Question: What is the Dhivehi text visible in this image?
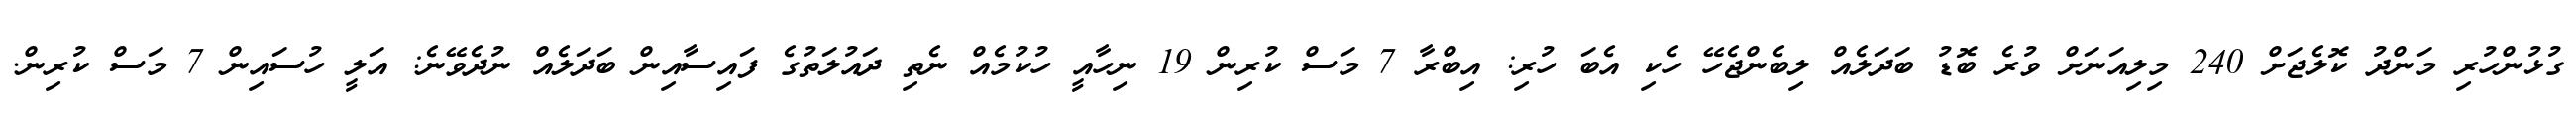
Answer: ގުޅުންހުރި މަންދު ކޮލެޖަށް 240 މިލިއަނަށް ވުރެ ބޮޑު ބަދަލެއް ލިބެންޖެހޭ ހެކި އެބަ ހުރި: އިބްރާ 7 މަސް ކުރިން 19 ނިހާއީ ހުކުމެއް ނެތި ދައުލަތުގެ ފައިސާއިން ބަދަލެއް ނުދެވޭނެ: އަލީ ހުސައިން 7 މަސް ކުރިން.